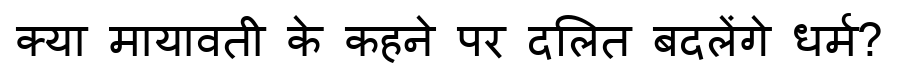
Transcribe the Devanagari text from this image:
क्या मायावती के कहने पर दलित बदलेंगे धर्म?